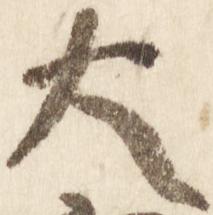
大